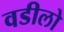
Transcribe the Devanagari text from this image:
वडीलो